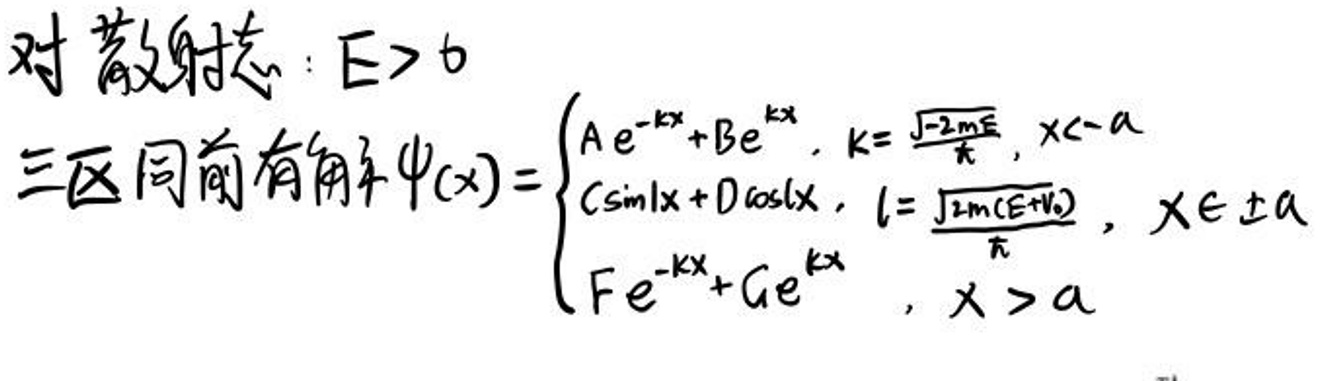
对散射态：\(E > 0\)

三区同前有角\(\psi(x)=\begin{cases}
Ae^{-kx}+Be^{kx}, & k=\sqrt{\frac{-2mE}{\hbar}}, x < -a\\
C\sin{lx}+D\cos{lx}, & l=\sqrt{\frac{2m(E+V_0)}{\hbar}}, x\in\pm a\\
Fe^{-kx}+Ge^{kx}, & x > a
\end{cases}\)